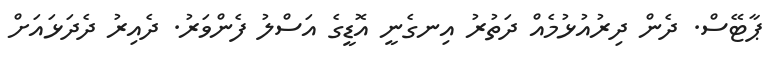
ޕާޓޭސް. ދެން ދިރުއުޅުމެއް ދަތުރު އިނގެނީ އޮޑީގެ އަސްލު ފެންވަރު. ދެއިރު ދެދަޅައަށް